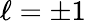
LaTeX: \ell=\pm 1